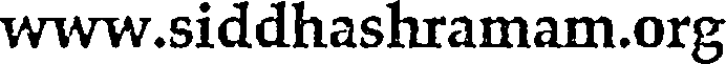
www.siddhashramam.org